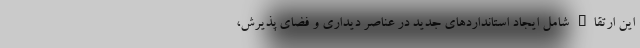
این ارتقاء شامل ایجاد استانداردهای جدید در عناصر دیداری و فضای پذیرش،